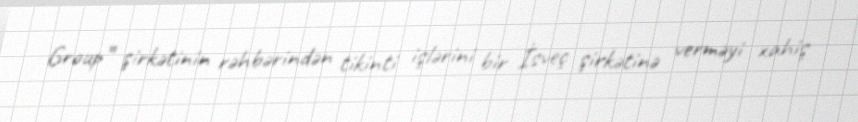
Group” şirkətinin rəhbərindən tikinti işlərini bir İsveç şirkətinə verməyi xahiş